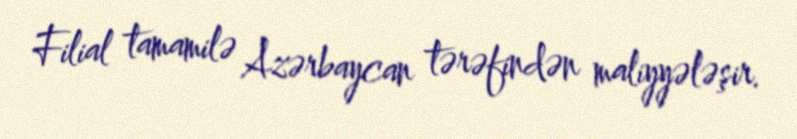
Filial tamamilə Azərbaycan tərəfindən maliyyələşir.